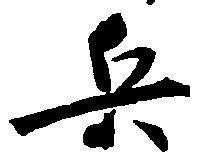
兵